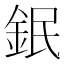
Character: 鈱